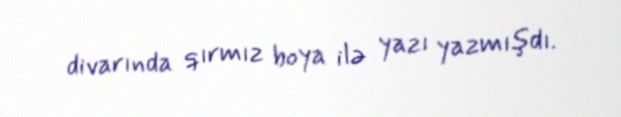
divarında qırmız boya ilə yazı yazmışdı.